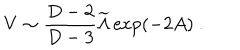
LaTeX: V \sim { \frac { D - 2 } { D - 3 } } { \widetilde { \Lambda } } \exp ( - 2 A ) ~ .